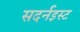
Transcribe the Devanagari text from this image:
सदर्नइस्ट